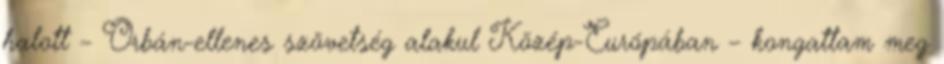
halott – Orbán-ellenes szövetség alakul Közép-Európában – kongattam meg